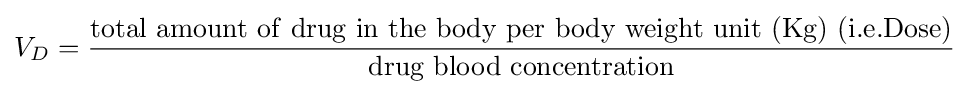
{V_{D}}={\frac {\mathrm {total\ amount\ of\ drug\ in\ the\ body\ per\ body\ weight\ unit\ (Kg)\ (i.e.Dose)} }{\mathrm {drug\ blood\ concentration} }}